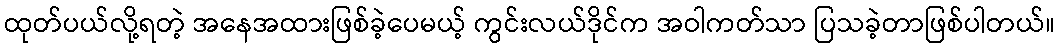
ထုတ်ပယ်လို့ရတဲ့ အနေအထားဖြစ်ခဲ့ပေမယ့် ကွင်းလယ်ဒိုင်က အဝါကတ်သာ ပြသခဲ့တာဖြစ်ပါတယ်။